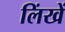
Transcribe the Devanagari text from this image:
लिंखें